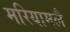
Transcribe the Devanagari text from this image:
मरियामलै